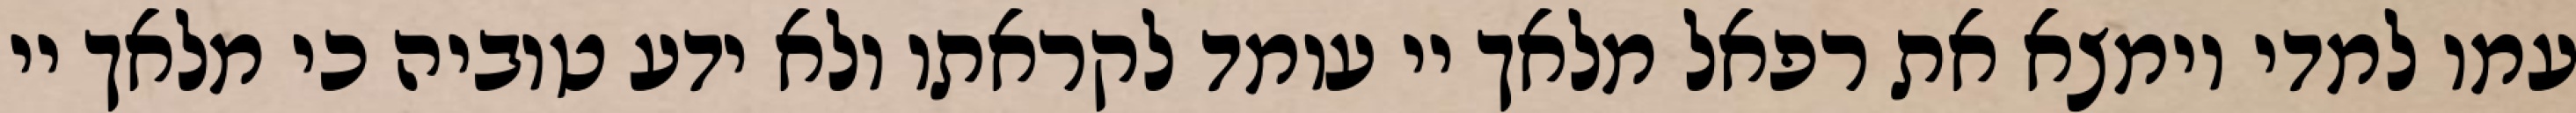
עמו למדי וימצא את רפאל מלאך יי עומד לקראתו ולא ידע טוביה כי מלאך יי